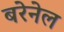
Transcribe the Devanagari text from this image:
बरेनेल